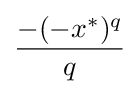
{\frac {-(-x^{*})^{q}}{q}}